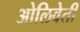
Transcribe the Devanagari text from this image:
ओलिवेती